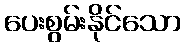
ပေးစွမ်းနိုင်သော